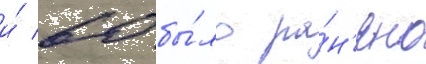
и́ 60 бы́ло ра́н'ено